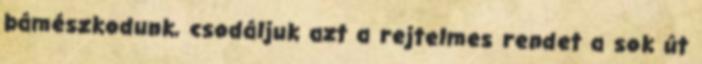
bámészkodunk, csodáljuk azt a rejtelmes rendet a sok út